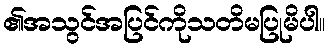
၏အသွင်အပြင်ကိုသတိမပြုမိပါ။